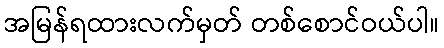
အမြန်ရထားလက်မှတ် တစ်စောင်ဝယ်ပါ။